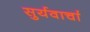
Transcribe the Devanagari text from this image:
सुर्यवार्चा